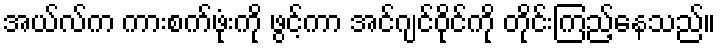
အယ်လ်က ကားစက်ဖုံးကို ဖွင့်ကာ အင်ဂျင်ဝိုင်ကို တိုင်းကြည့်နေသည်။